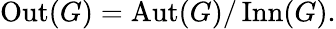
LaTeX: \operatorname{Out}(G)=\operatorname{Aut}(G)/\operatorname{Inn}(G).